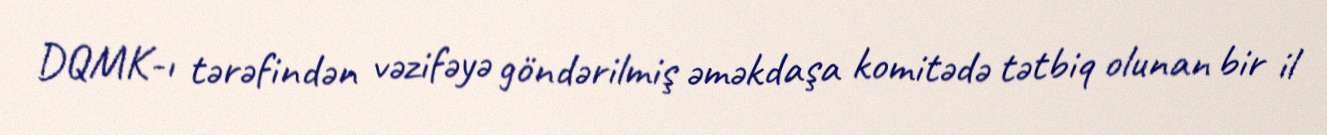
DQMK-ı tərəfindən vəzifəyə göndərilmiş əməkdaşa komitədə tətbiq olunan bir il